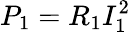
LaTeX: P_{1}=R_{1}I_{1}^{2}